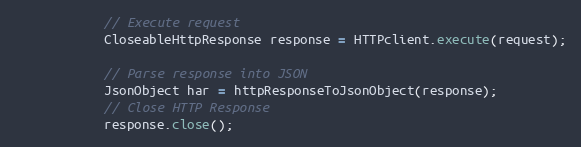
Language: Java
            // Execute request
            CloseableHttpResponse response = HTTPclient.execute(request);

            // Parse response into JSON
            JsonObject har = httpResponseToJsonObject(response);
            // Close HTTP Response
            response.close();